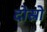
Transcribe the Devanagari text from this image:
दोस्रो